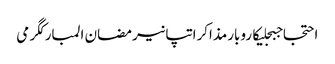
احتجاجبجلیکاروبارمذاکراتپانیرمضان المبارکگرمی